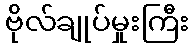
ဗိုလ်ချုပ်မှုးကြီး